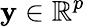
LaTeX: \mathbf{y}\in\mathbb{R}^{p}